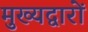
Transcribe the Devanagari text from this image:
मुख्यद्वारों